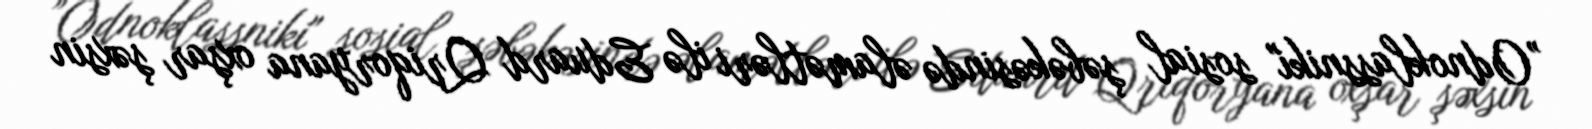
”Odnoklassniki" sosial şəbəkəsində əlamətləri ilə Eduard Qriqoryana oxşar şəxsin